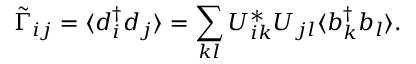
\tilde { \Gamma } _ { i j } = \langle d _ { i } ^ { \dagger } d _ { j } \rangle = \sum _ { k l } U _ { i k } ^ { * } U _ { j l } \langle b _ { k } ^ { \dagger } b _ { l } \rangle .